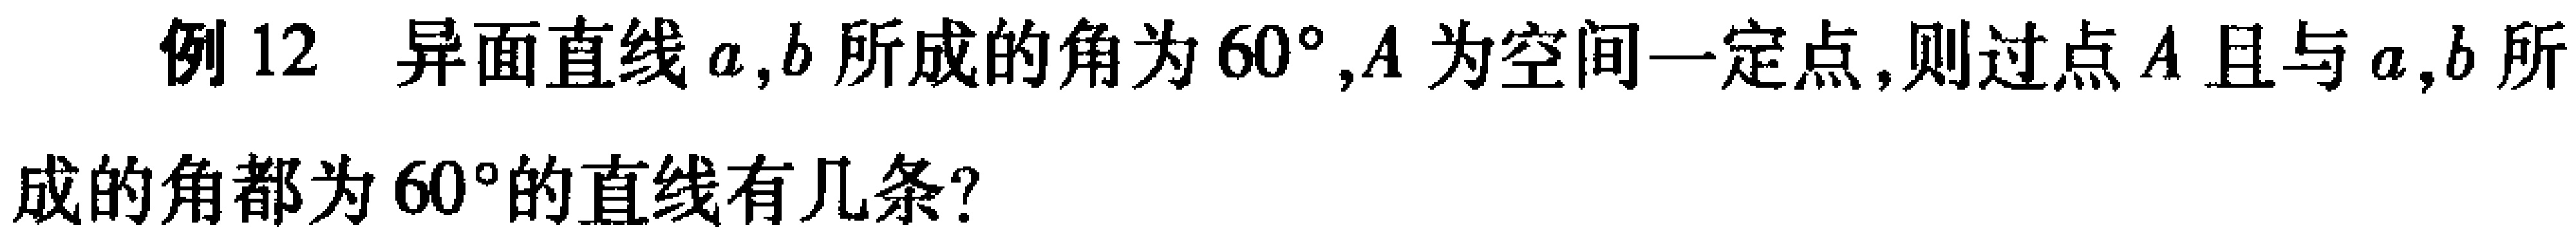
例 12 异面直线\(a,b\)所成的角为\(60^{\circ},A\)为空间一定点,则过点\(A\)且与\(a,b\)所成的角都为\(60^{\circ}\)的直线有几条?